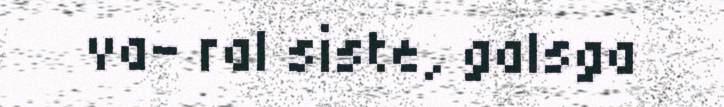
va- ral siste, galsga